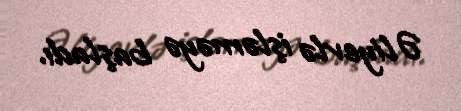
Əliyevlə işləməyə başladı.